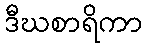
ဒီဃစာရိကာ